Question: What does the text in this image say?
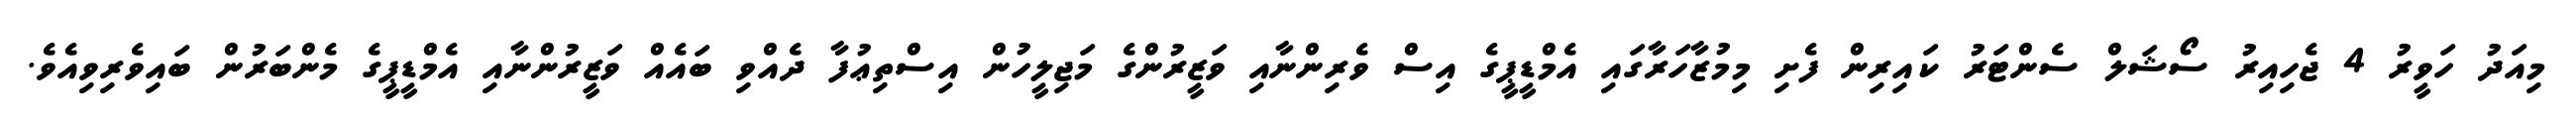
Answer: މިއަދު ހަވީރު 4 ޖެހިއިރު ސޯޝަލް ސެންޓަރު ކައިރިން ފެށި މިމުޒާހަރާގައި އެމްޑީޕީގެ އިސް ވެރިންނާއި ވަޒީރުންގެ މަޖިލީހުން އިސްތިޢުފާ ދެއްވި ބައެއް ވަޒީރުންނާއި އެމްޑީޕީގެ މެންބަރުން ބައިވެރިވިއެވެ.